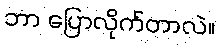
ဘာ ပြောလိုက်တာလဲ။